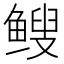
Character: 𫠑